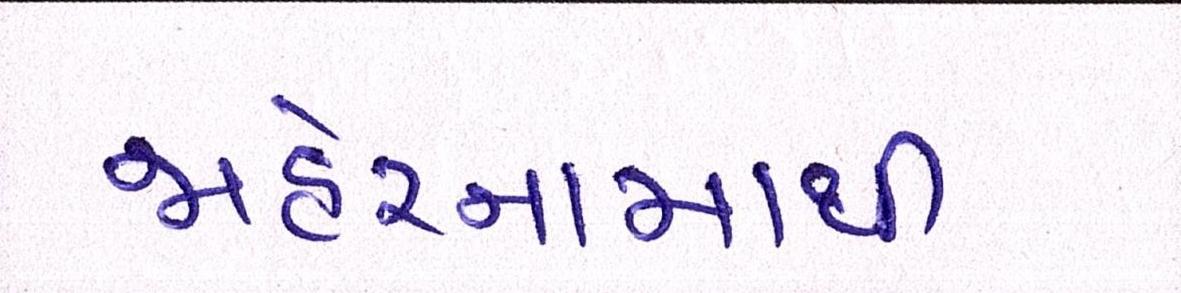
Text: જાહેરનામાથી